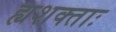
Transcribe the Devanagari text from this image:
ह्यशक्ताः